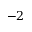
- 2